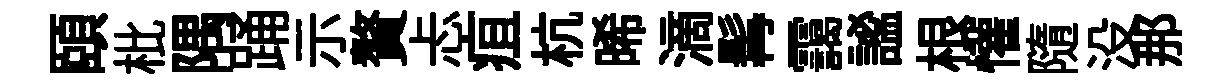
頤枇隅踊示贅忐疽杭晞滴髯靄謐根懽隨没那